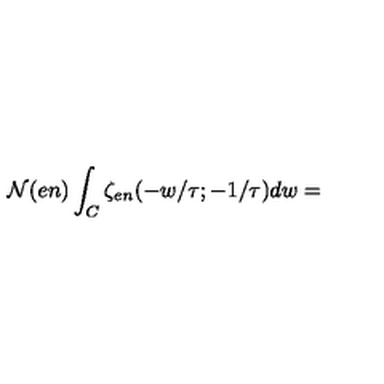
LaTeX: { \cal N } ( e n ) \int _ { C } \zeta _ { e n } ( - w / \tau ; - 1 / \tau ) d w =